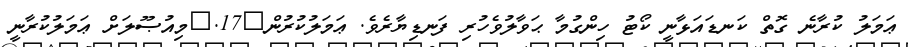
ޢަމަލު ކުރާނެ ގޮތް ކަނޑައަޅާނީ ކޯޓު ހިންގުމާ ޙަވާލުވެހުރި ފަނޑިޔާރެވެ. ޢަމަލުކުރުން	17.	މިއުޞޫލަށް ޢަމަލުކުރާނީ